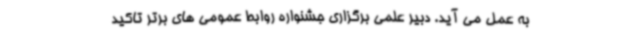
به عمل می آید. دبیر علمی برگزاری جشنواره روابط عمومی های برتر تاکید